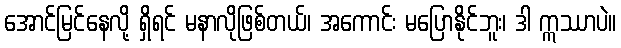
အောင်မြင်နေလို့ ရှိရင် မနာလိုဖြစ်တယ်၊ အကောင်း မပြောနိုင်ဘူး၊ ဒါ ဣဿာပဲ။